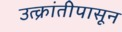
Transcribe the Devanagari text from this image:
उत्क्रांतीपासून